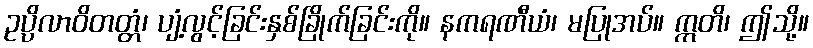
ဥပ္ပိလာဝိတတ္တံ၊ ပျံ့လွင့်ခြင်းနှစ်ခြိုက်ခြင်းကို။ နကရဏီယံ၊ မပြုအပ်။ ဣတိ၊ ဤသို့။